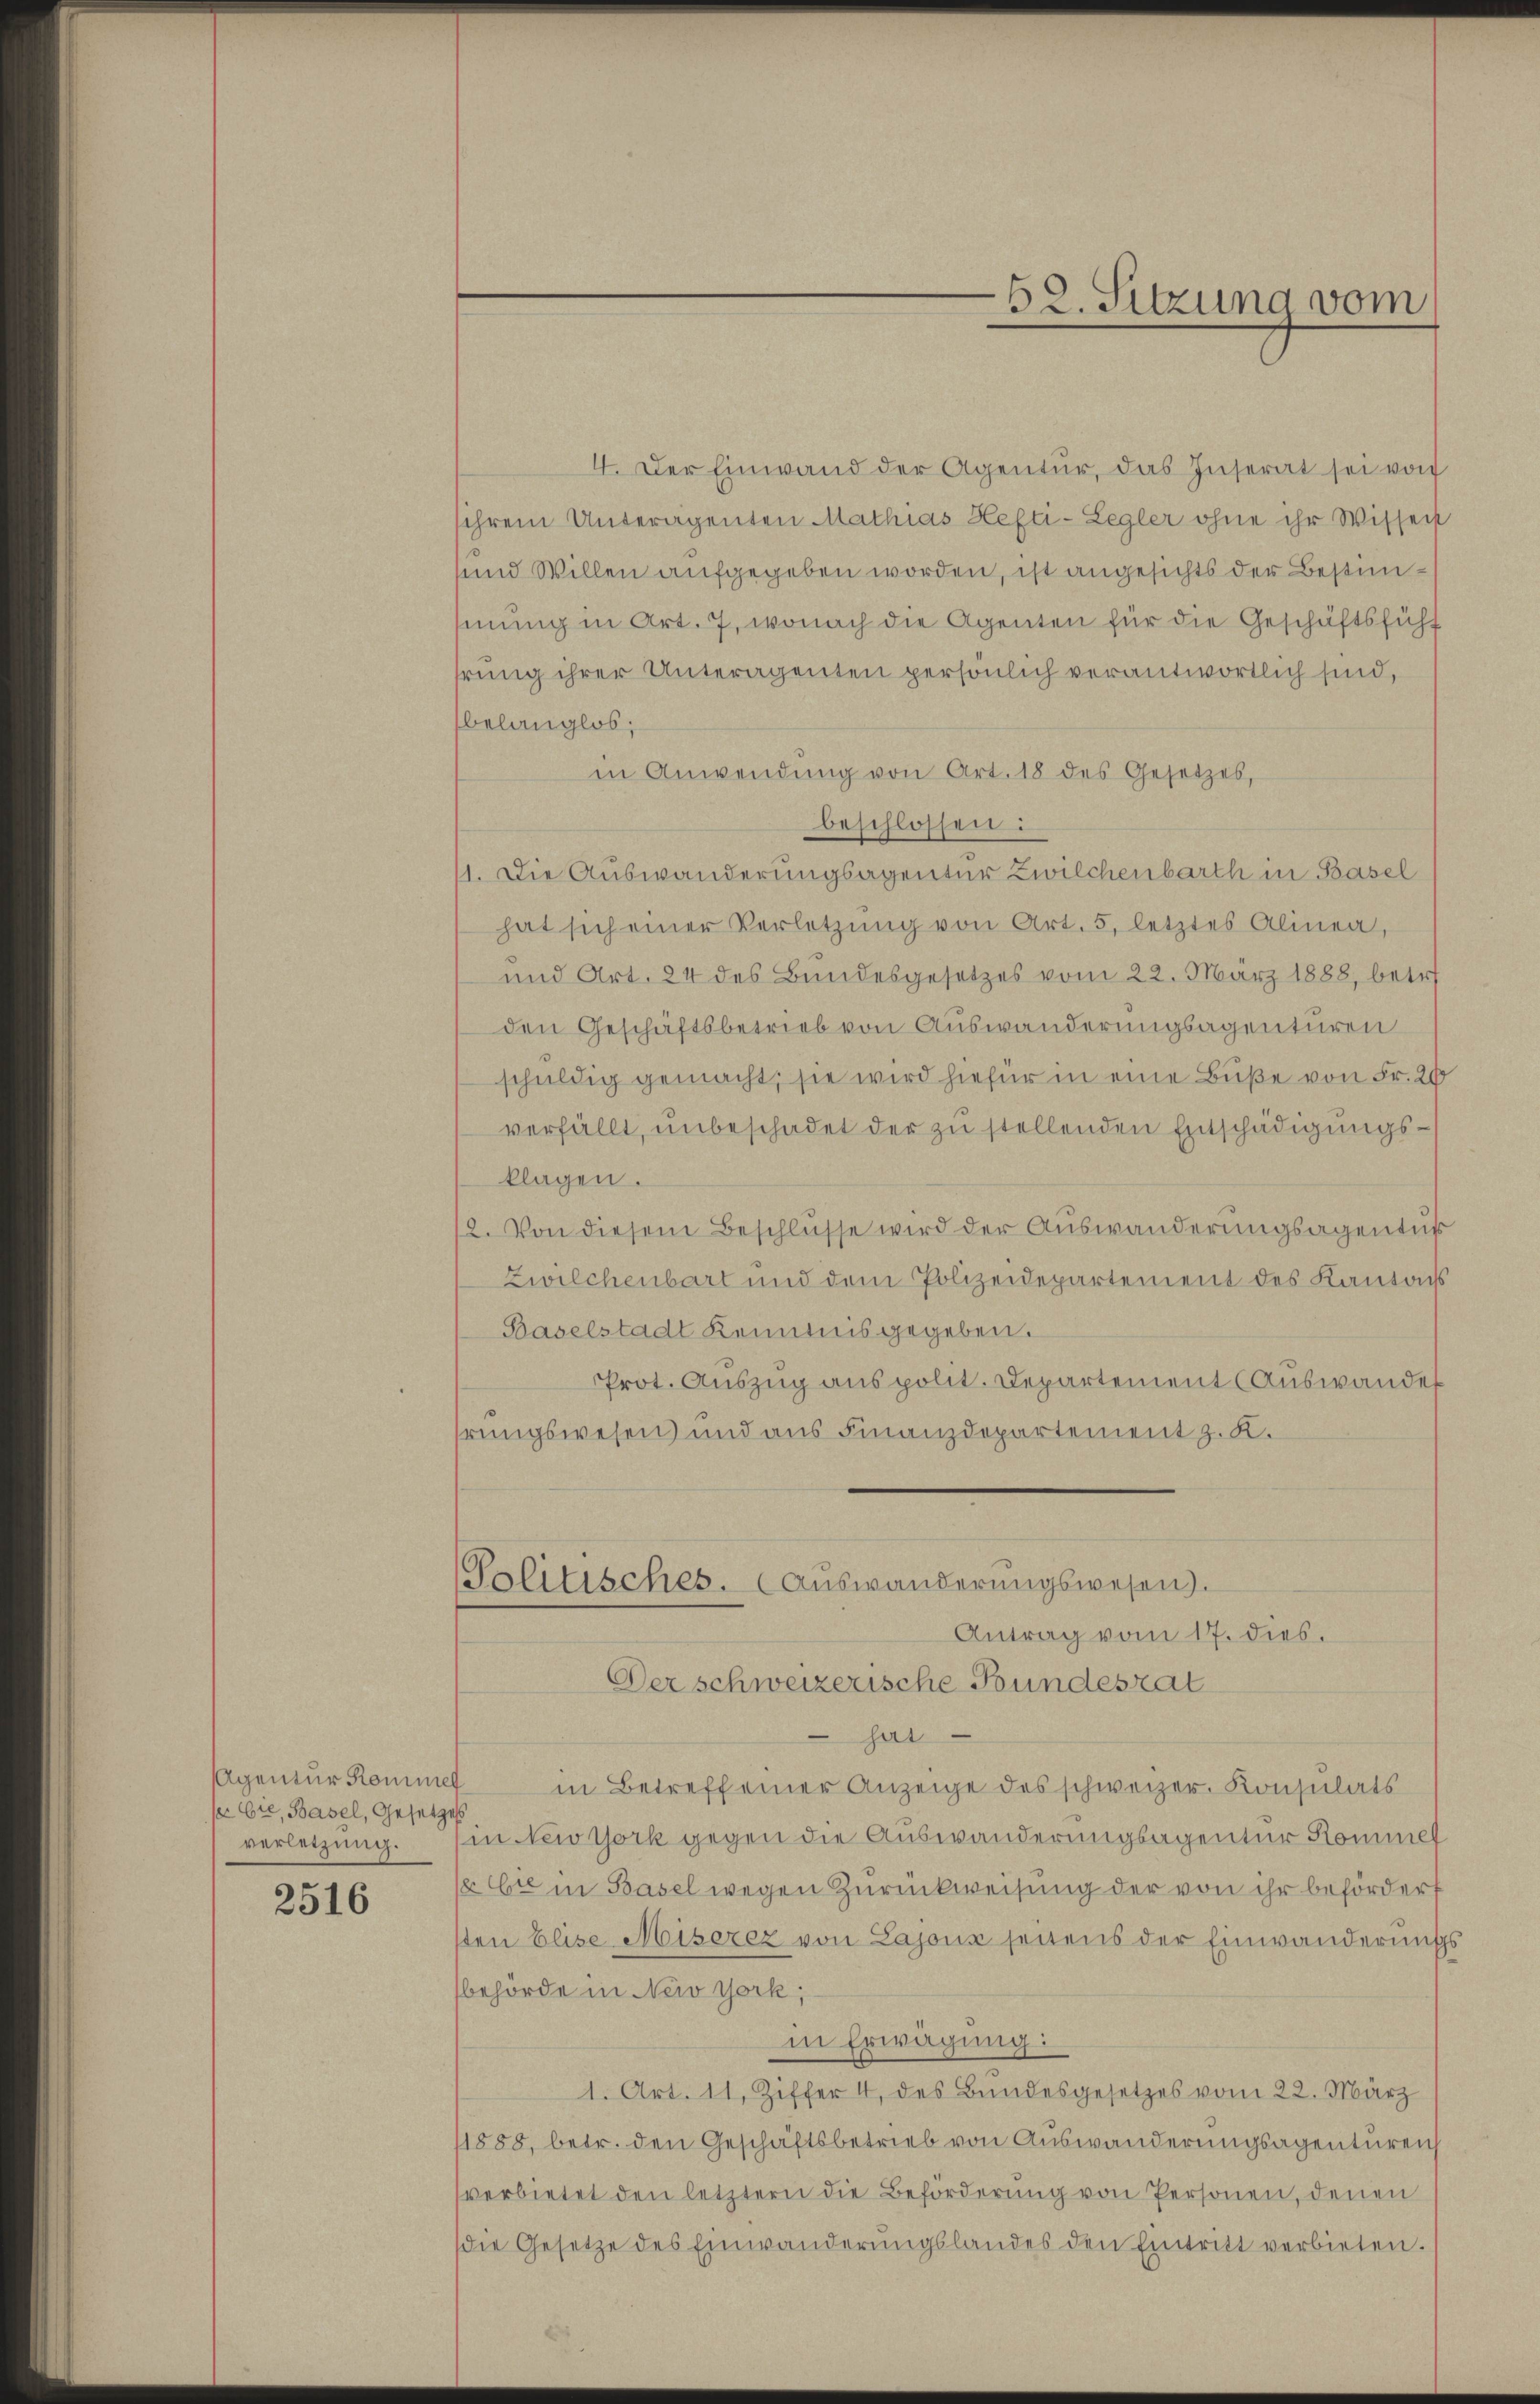
s sie, Basel, Gesetzes
verletzung.

2516

Politisches. (Auswanderungswesen).
Antrag vom 17. dies.

4. Der Einwand der Agentur, das Inserat sei von
ihrem Unteragenten Mathias Hefti-Legler ohne ihr Wissens
und Willen aufgegeben worden, ist angesichts der Bestimsinung in Art. 7, wonach die Agenten für die Geschäftsführ
hrung ihrer Unteragenten persönlich verantwortlich sind,
belanglos;
in Anwendŭng von Art. 18 des Gesetzes,
beschlossen:
11. Die Auswanderungsagentur Zwilchenbarth in Basel
hat sich einer Verletzŭng von Art. 5, letztes Alinea,
und Art. 24 des Bundesgesetzes vom 22. März 1888, betr.
den Geschäftsbetrieb von Auswanderungsagenturen
schuldig gemacht, sie wird hiefür in eine Buße von Fr. 20
verfällt, unbeschadet der zu stellenden Entschädigungsklagen.
2. Von diesem Beschlüsse wird der Auswanderungsagentus
Zwilchenbart und dem Polizeidepartement des Kantonss
Baselstadt Kenntnis gegeben.
Prot. Auszug aus polit. Departement (Auswandes
hrungswesen und aus Finanzdepartement z. K.

52. Sitzung vom

Der schweizerische Bundesrat
hat
Agentur Komme in Betreff einer Anzeige des schweizer. Konsulats
in New York gegen die Auswanderungsagentur Kommen
x bie in Basel wegen Zurückweisung der von ihr befördert
sten Elise Misezez von Lajoux seitens der Einwanderungsbehörde in New York,
in Erwägung:
1. Art. 11. Ziffer 4 des Bundesgesetzes vom 22. März
11888, betr. den Geschäftsbetrieb von Auswanderungsagenturen
sverbietet den letztern die Beförderung von Personen, denen
die Gesetze des Einwanderŭngslandes den Eintritt verbieten.